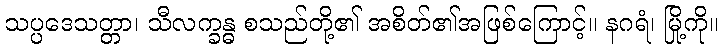
သပ္ပဒေသတ္တာ၊ သီလက္ခန္ဓ စသည်တို့၏ အစိတ်၏အဖြစ်ကြောင့်။ နဂရံ၊ မြို့ကို။